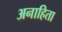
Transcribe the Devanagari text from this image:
अनाहिता